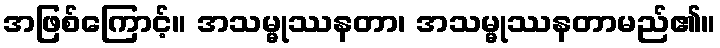
အဖြစ်ကြောင့်။ အသမ္မုဿနတာ၊ အသမ္မုဿနတာမည်၏။